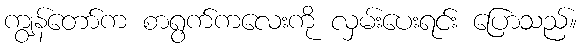
ကျွန်တော်က စာရွက်ကလေးကို လှမ်းပေးရင်း ပြောသည်။